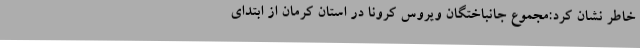
خاطر نشان کرد:مجموع جانباختگان ویروس کرونا در استان کرمان از ابتدای